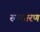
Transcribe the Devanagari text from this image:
रुपातंरण